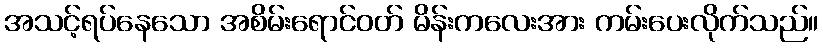
အသင့်ရပ်နေသော အစိမ်းရောင်ဝတ် မိန်းကလေးအား ကမ်းပေးလိုက်သည်။